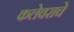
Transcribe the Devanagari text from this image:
कलेवराचे